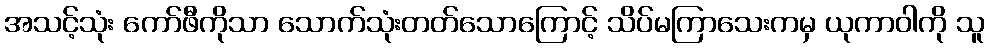
အသင့်သုံး ကော်ဖီကိုသာ သောက်သုံးတတ်သောကြောင့် သိပ်မကြာသေးကမှ ယုကာဝါကို သူ